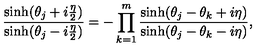
\frac { \sinh ( { \theta _ { j } + i { \frac { \eta } { 2 } } } ) } { \sinh ( { \theta _ { j } - i { \frac { \eta } { 2 } } } ) } = - \prod _ { k = 1 } ^ { m } \frac { \sinh ( { \theta _ { j } - \theta _ { k } + i \eta } ) } { \sinh ( { \theta _ { j } - \theta _ { k } - i \eta } ) } ,